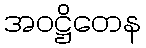
အဝဋ္ဌိတေန